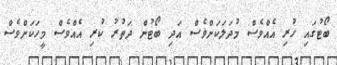
ބޯޓުގައި ހުރި އެއްވެސް މުދަލަކަށްވެސް އަދި ބޯޓުން ދަތުރު ކުރި އެއްވެސް މީހަކަށްވެސް